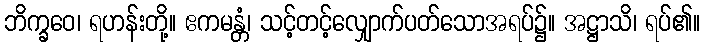
ဘိက္ခဝေ၊ ရဟန်းတို့။ ဧကမန္တံ၊ သင့်တင့်လျှောက်ပတ်သောအရပ်၌။ အဋ္ဌာသိ၊ ရပ်၏။